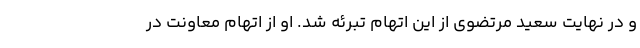
و در نهایت سعید مرتضوی از این اتهام تبرئه شد. او از اتهام معاونت در